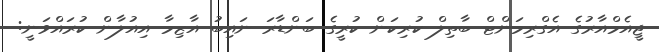
ޖީއެމްއާރުގެ އެގްރިމަންޓް ބާތިލް ކުރިކަން ކުރީގެ ބަންޑާރަ ނައިބު އާޒިމާ އިއުލާން ކުރައްވަނީ: